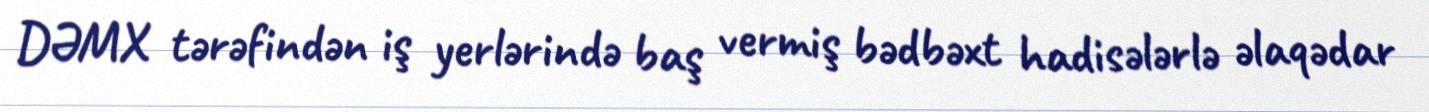
DƏMX tərəfindən iş yerlərində baş vermiş bədbəxt hadisələrlə əlaqədar